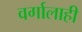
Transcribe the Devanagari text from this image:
वर्गालाही